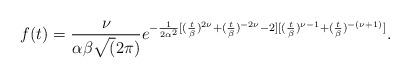
LaTeX: \begin{align*}f(t)=\frac{\nu}{\alpha\beta\sqrt(2\pi)}e^{-{\frac{1}{2\alpha^2}[(\frac{t}{\beta})^{2\nu}+(\frac{t}{\beta})^{-2\nu}-2][(\frac{t}{\beta})^{\nu-1}+(\frac{t}{\beta})^{-(\nu+1)}]}}.\end{align*}